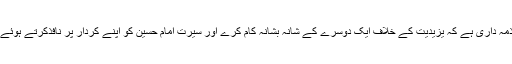
کہ دنیا کا ہر کلمہ گو حسینی ہے اس لئے اس کی ذمہ داری ہے کہ یزیدیت کے خلاف ایک دوسرے کے شانہ بشانہ کام کرے اور سیرت امام حسین کو اپنے کردار پر نافذکرتے ہوئے پیغام حسینیت دنیا کے کونے کونے میں پہنچائے۔